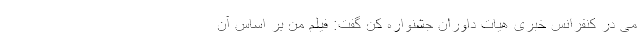
می در کنفرانس خبری هیات داوران جشنواره کن گفت: فیلم من بر اساس آن